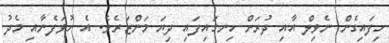
ހިފައިގެން ނެވިލް އާއި ދުރަށް ހިނގައިފައި ދިޔަ މަންޒަރެވެ. އެ ހުވަފެނާއި މެދު